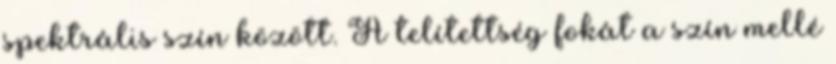
spektrális szín között. A telítettség fokát a szín mellé